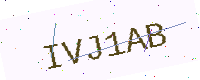
Text: IVJ1AB